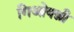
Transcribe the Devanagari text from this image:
गिओवन्नी